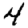
Digit: 4